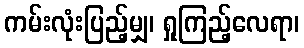
ကမ်းလုံးပြည့်မျှ၊ ရှုကြည့်လေရာ၊